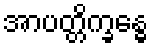
အာပတ္တိက္ခန္ဓေ